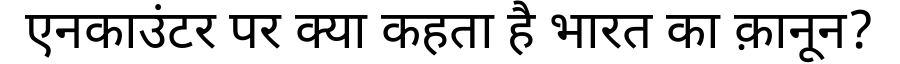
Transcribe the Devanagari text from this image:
एनकाउंटर पर क्या कहता है भारत का क़ानून?